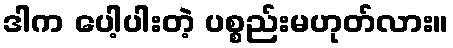
ဒါက ပေါ့ပါးတဲ့ ပစ္စည်းမဟုတ်လား။